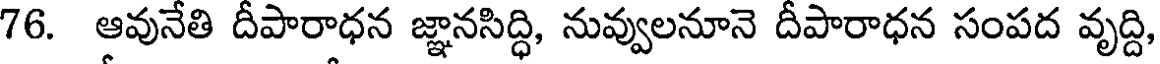
76. ఆవునేతి దీపారాధన జ్ఞానసిద్ధి, నువ్వులనూనె దీపారాధన సంపద వృద్ది